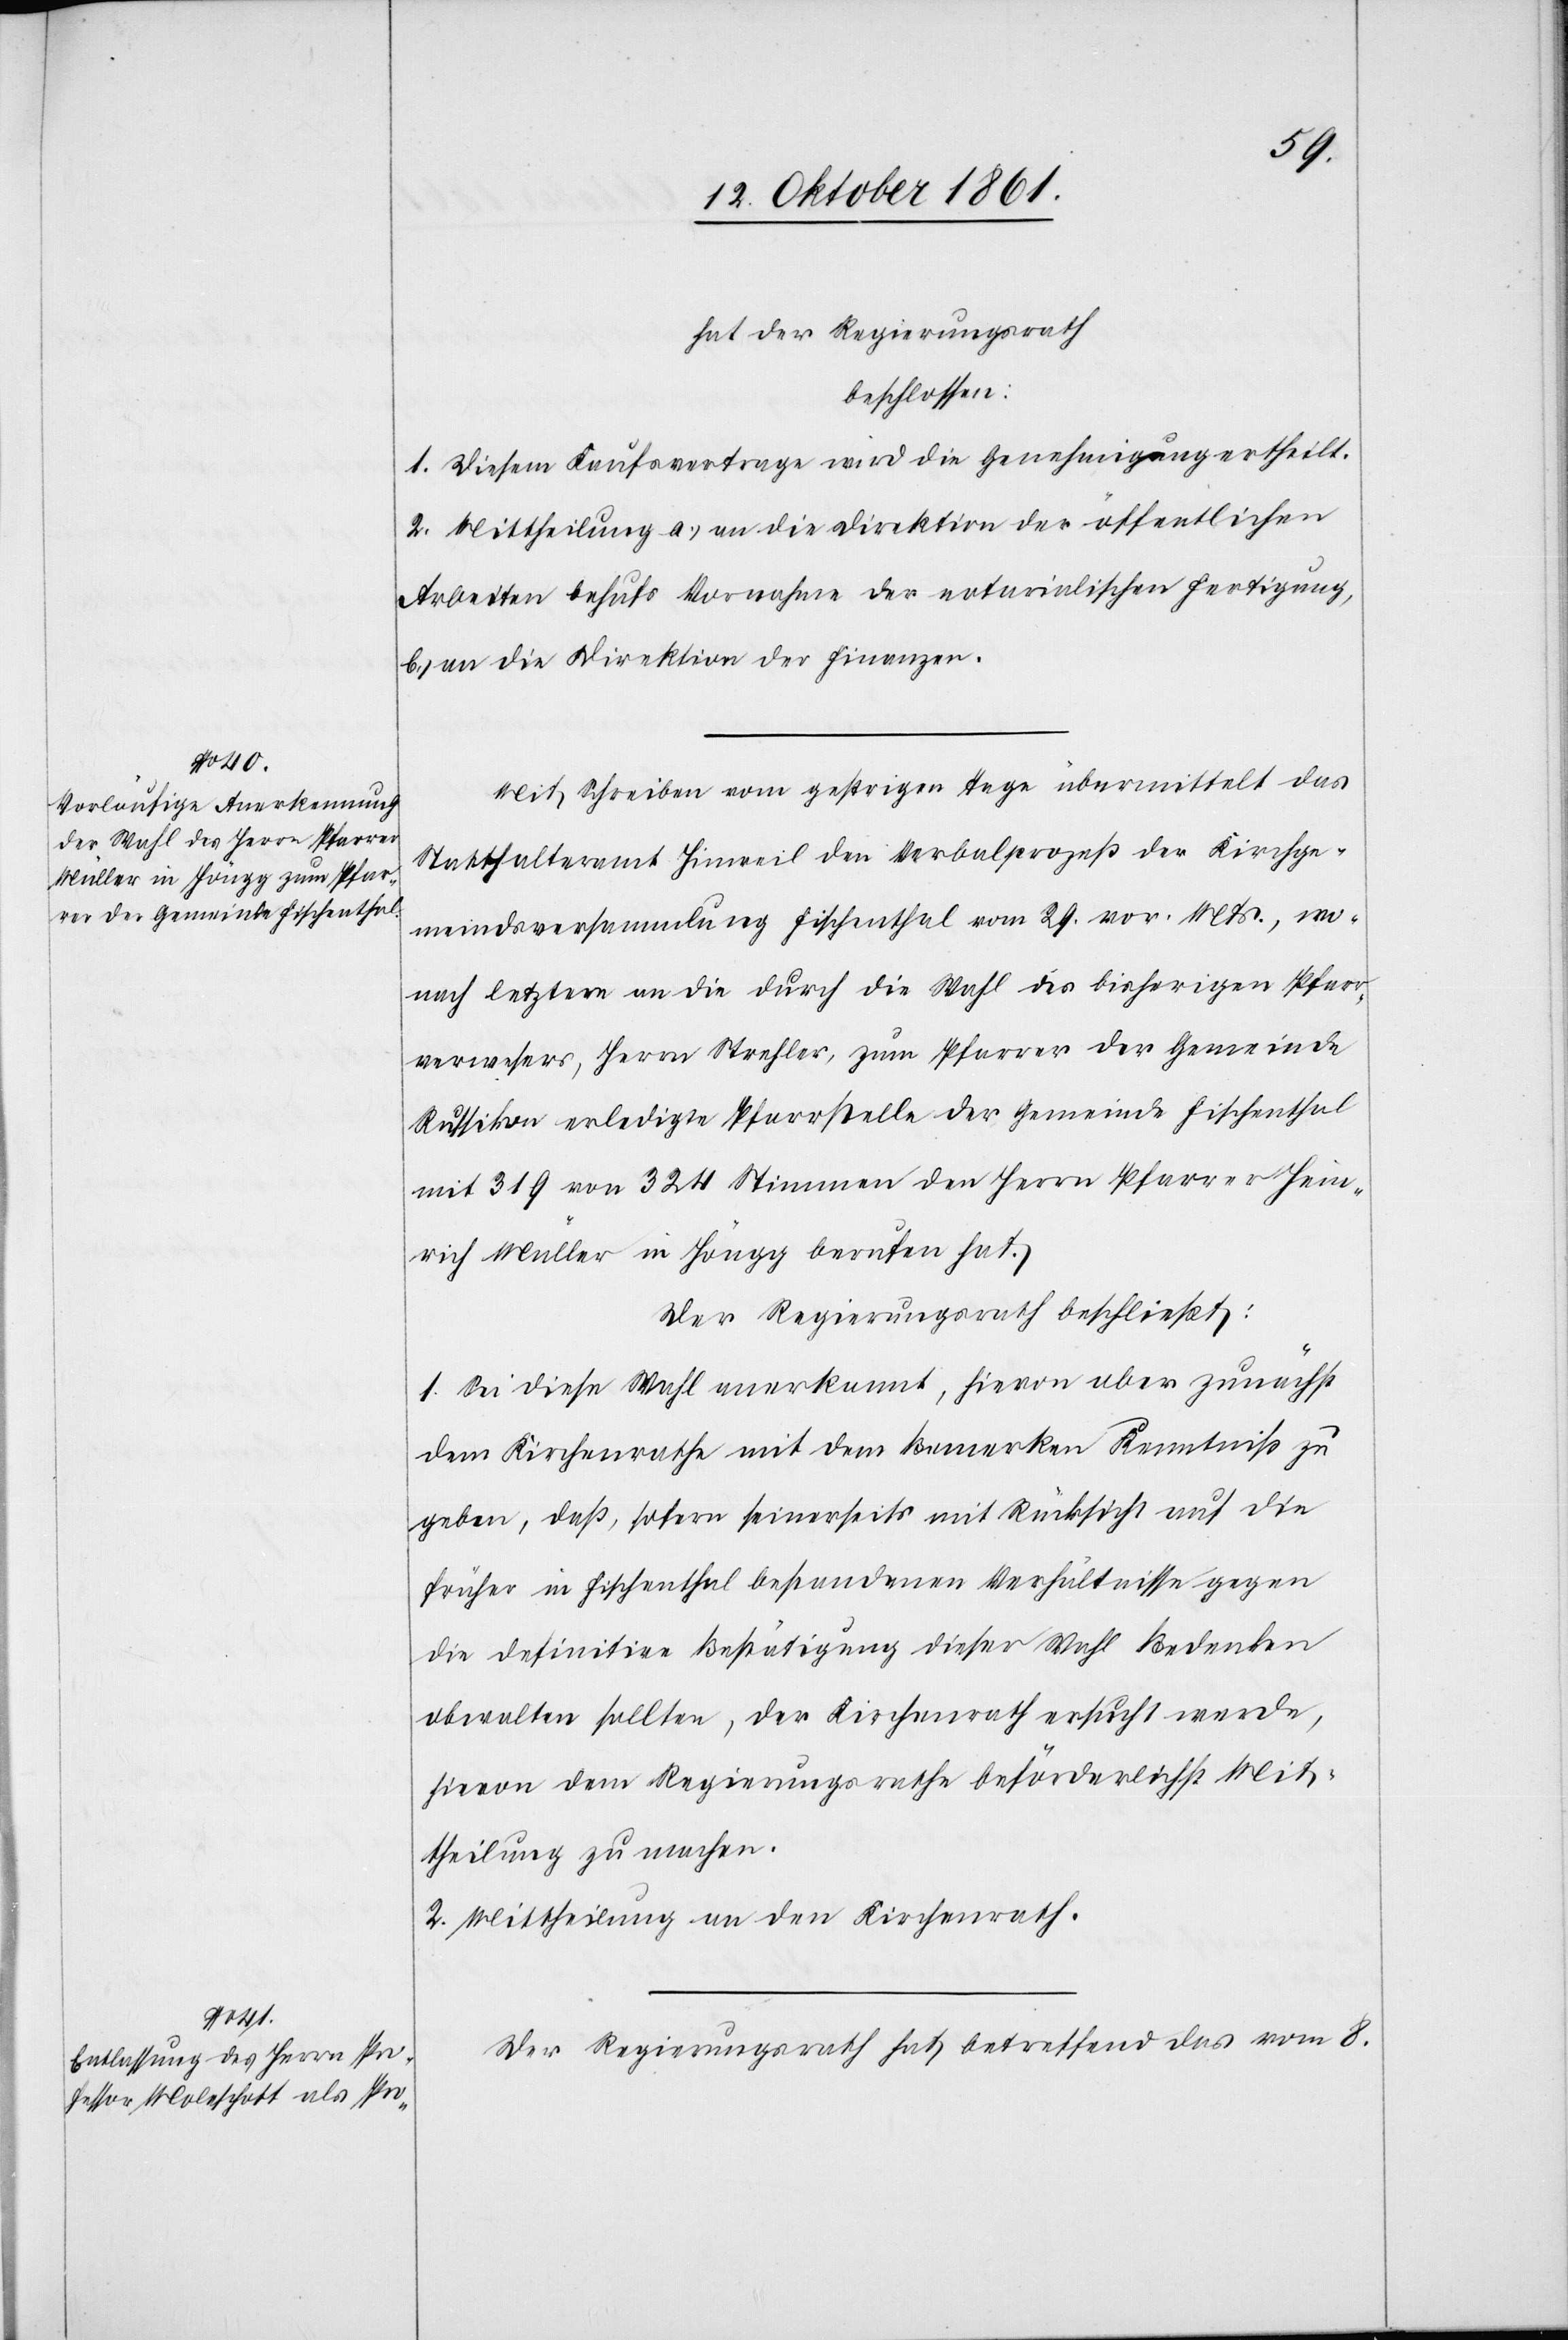
hat der Regierungsrath
beschlossen:
1. Diesem Kaufvertrage wird die Genehmigung ertheilt.
2. Mittheilung a.) an die Direktion der öffentlichen
Arbeiten behufs Vornahme der notarialischen Fertigung,
b) an die Direktion der Finanzen.
Mit Schreiben vom gestrigen Tage übermittelt das
Statthalteramt Hinweil den Verbalprozeß der Kirchge¬
meindsversammlung Fischenthal vom 29 vor. Mts., wo¬
nach letztere an die durch die Wahl des bisherigen Pfarr¬
verwesers, Herrn Strehler, zum Pfarrer der Gemeinde
Russikon erledigte Pfarrstelle der Gemeinde Fischenthal
mit 319 von 324 Stimmen den Herrn Pfarrer Hein¬
rich Müller in Höngg berufen hat.
Der Regierungsrath beschließt:
1. Sei diese Wahl anerkannt, hievon aber zunächst
dem Kirchenrathe mit dem Bemerken Kenntniß zu
geben, daß, sofern seinerseits mit Rücksicht auf die
früher in Fischenthal bestandenen Verhältnisse gegen
die definitive Bestätigung dieser Wahl Bedenken
obwalten sollten, der Kirchenrath ersucht werde,
hievon dem Regierungsrathe beförderlichst Mit¬
theilung zu machen.
2. Mittheilung an den Kirchenrath.
Der Regierungsrath hat betreffend das vom 8